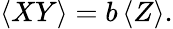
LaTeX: \left<XY\right>=b\left<Z\right>.